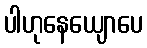
ပါဟုနေယျောပေ